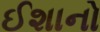
ઈશાનો